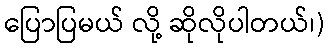
ပြောပြမယ် လို့ ဆိုလိုပါတယ်၊)